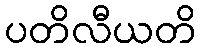
ပတိလီယတိ